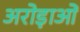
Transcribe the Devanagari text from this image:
अरोड़ाओं